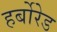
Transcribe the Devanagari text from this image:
हर्बोरेड